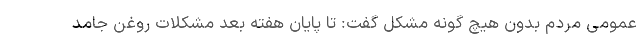
عمومی مردم بدون هیچ گونه مشکل گفت: تا پایان هفته بعد مشکلات روغن جامد